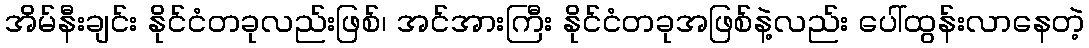
အိမ်နီးချင်း နိုင်ငံတခုလည်းဖြစ်၊ အင်အားကြီး နိုင်ငံတခုအဖြစ်နဲ့လည်း ပေါ်ထွန်းလာနေတဲ့